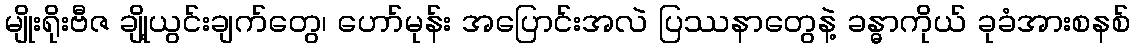
မျိုးရိုးဗီဇ ချို့ယွင်းချက်တွေ၊ ဟော်မုန်း အပြောင်းအလဲ ပြဿနာတွေနဲ့ ခန္ဓာကိုယ် ခုခံအားစနစ်